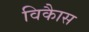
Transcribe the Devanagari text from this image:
विकाैस